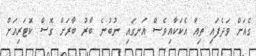
ގެއަށް ވަދެފައި ތިއާ އެކަކާއިވެސް އަނގައި ނުބުނެ ބާރު ބާރަށް ގޮސް ކޮޓަރިއަށް